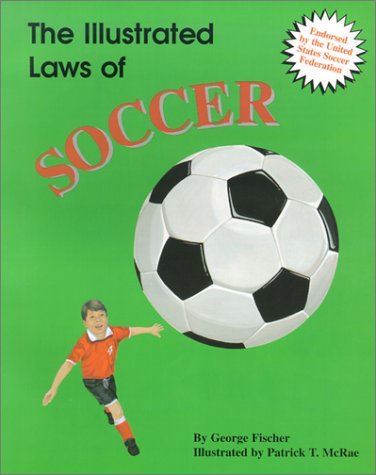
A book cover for The Illustrated Laws of Soccer; George Fischer; Children's Books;